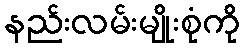
နည်းလမ်းမျိုးစုံကို